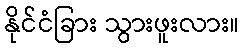
နိုင်ငံခြား သွားဖူးလား။